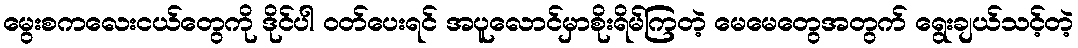
မွေးစကလေးငယ်တွေကို ဒိုင်ပါ ဝတ်ပေးရင် အပူလောင်မှာစိုးရိမ်ကြတဲ့ မေမေတွေအတွက် ရွေးချယ်သင့်တဲ့